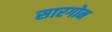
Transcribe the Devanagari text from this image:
सारगोन